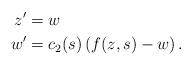
LaTeX: \begin{align*}z' &= w \\w' &= c_2(s) \left(f(z,s)-w\right). \end{align*}